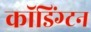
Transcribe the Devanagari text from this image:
कॉडिंग्टन